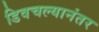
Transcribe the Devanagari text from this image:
डिवचल्यानंतर